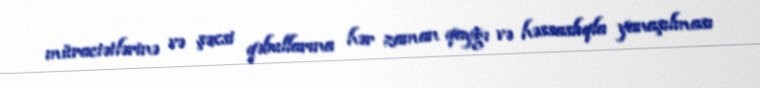
müraciətlərinə və şəxsi qəbullarına hər zaman qayğı və həssaslıqla yanaşılması